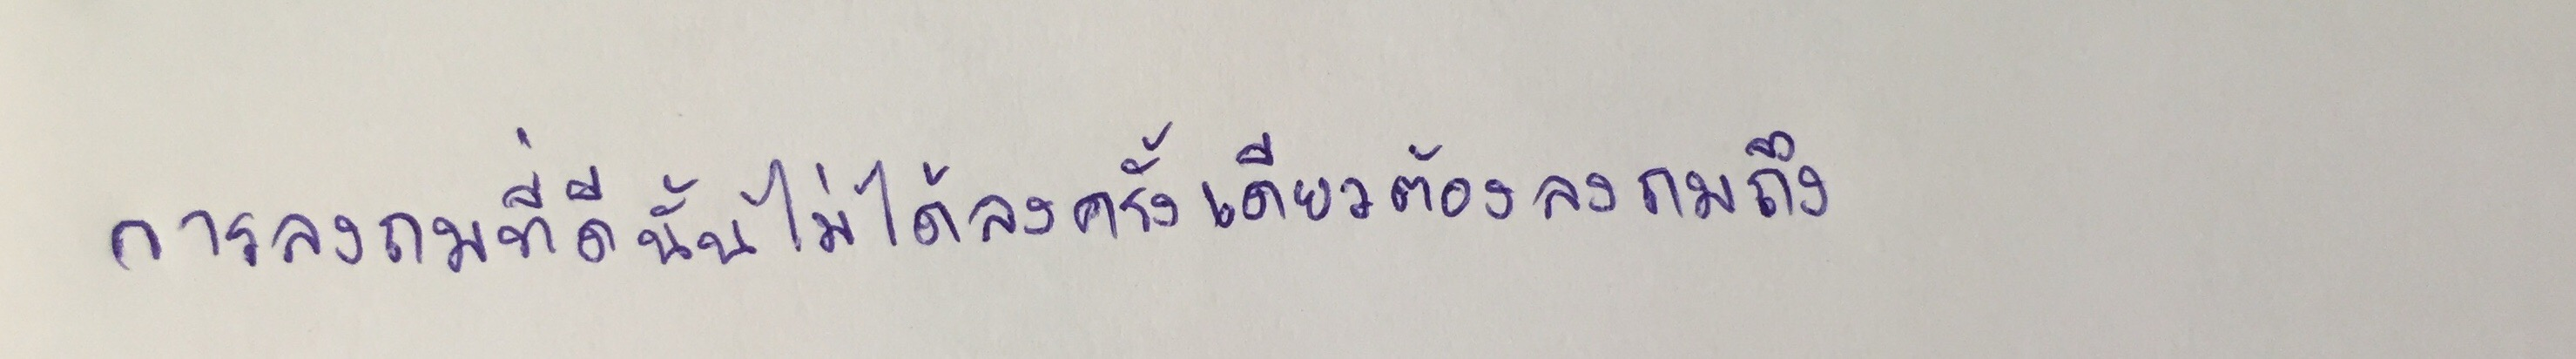
การลงถมที่ดีนั้นไม่ได้ลงครั้งเดียวต้องลงถมถึง